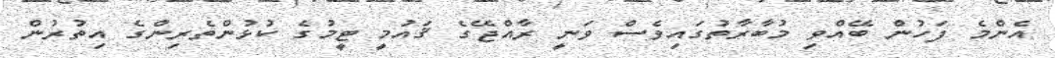
އެންމެ ފަހުން ބޭއްވި މުބާރާތުގައިވެސް ވަނީ ރާއްޖޭގެ ޤައުމީ ޓީމުގެ ކުޅުންތެރިންގެ އިތުރުން